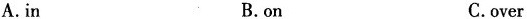
A. in B. on C. over